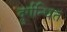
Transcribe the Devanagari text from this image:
दुर्गन्धित